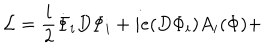
{ \cal { L } } = \frac { i } { 2 } \dot { \Phi } _ { i } D \Phi _ { i } + i e ( D \Phi _ { i } ) A _ { i } ( \Phi ) +